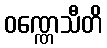
ဝဏ္ဏေသီတိ